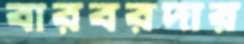
বারবরদার